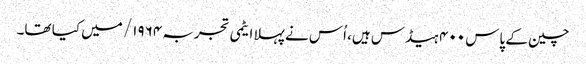
چین کے پاس ۴۰۰ ہیڈس ہیں، اُس نے پہلا ایٹمی تجربہ ۱۹۶۴/ میں کیا تھا۔